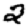
Digit: 2